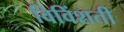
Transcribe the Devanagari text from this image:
विविंशती